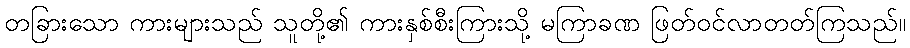
တခြားသော ကားများသည် သူတို့၏ ကားနှစ်စီးကြားသို့ မကြာခဏ ဖြတ်ဝင်လာတတ်ကြသည်။